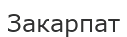
Закарпат